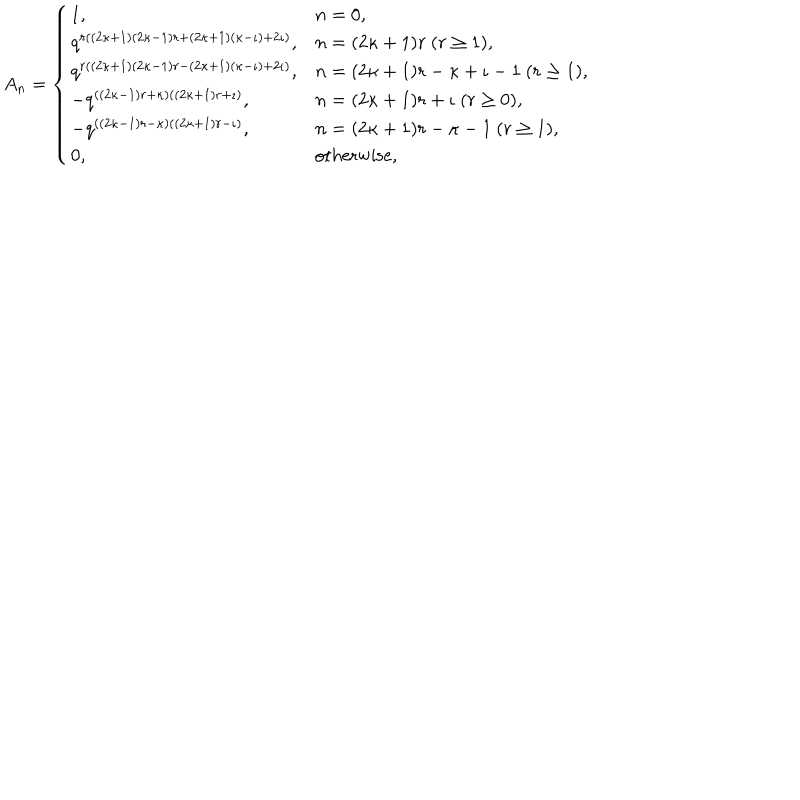
A _ { n } = \left\{ \begin{array} { l l } { { 1 , } } & { { n = 0 , } } \\ { { q ^ { r ( ( 2 \kappa + 1 ) ( 2 \kappa - 1 ) r + ( 2 \kappa + 1 ) ( \kappa - \iota ) + 2 \iota ) } , } } & { { n = ( 2 \kappa + 1 ) r ~ ( r \geq 1 ) , } } \\ { { q ^ { r ( ( 2 \kappa + 1 ) ( 2 \kappa - 1 ) r - ( 2 \kappa + 1 ) ( \kappa - \iota ) + 2 \iota ) } , } } & { { n = ( 2 \kappa + 1 ) r - \kappa + \iota - 1 ~ ( r \geq 1 ) , } } \\ { { - q ^ { ( ( 2 \kappa - 1 ) r + \kappa ) ( ( 2 \kappa + 1 ) r + \iota ) } , } } & { { n = ( 2 \kappa + 1 ) r + \iota ~ ( r \geq 0 ) , } } \\ { { - q ^ { ( ( 2 \kappa - 1 ) r - \kappa ) ( ( 2 \kappa + 1 ) r - \iota ) } , } } & { { n = ( 2 \kappa + 1 ) r - \kappa - 1 ~ ( r \geq 1 ) , } } \\ { { 0 , } } & { { \mathrm { o t h e r w i s e } , } } \\ \end{array} \right.